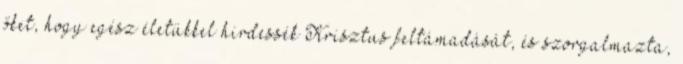
őket, hogy egész életükkel hirdessék Krisztus feltámadását, és szorgalmazta,